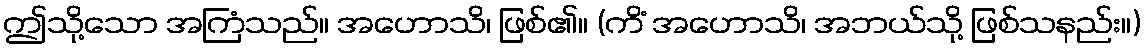
ဤသို့သော အကြံသည်။ အဟောသိ၊ ဖြစ်၏။ (ကိံ အဟောသိ၊ အဘယ်သို့ ဖြစ်သနည်း။)